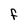
Character: F